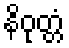
နိဝုတ္တံ